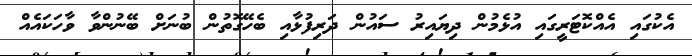
އެކުގައި އެއްކޮޓަރީގައި އުޅެމުން ދިޔައިރު ސައުން ދަރިފުޅާއި ބެހޭގޮތުން ބުނަށް ބޭނުންވާ ވާހަކައެއް